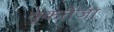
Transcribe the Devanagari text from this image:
वृकतेजा